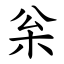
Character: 枀